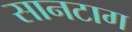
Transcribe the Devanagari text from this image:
सानटाग